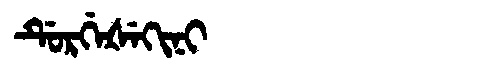
Manchu: ᡩᡠᡵᡤᡝᡧᡝᡴᡳᠨᡳ
Romanization: DURGEŠEKINI